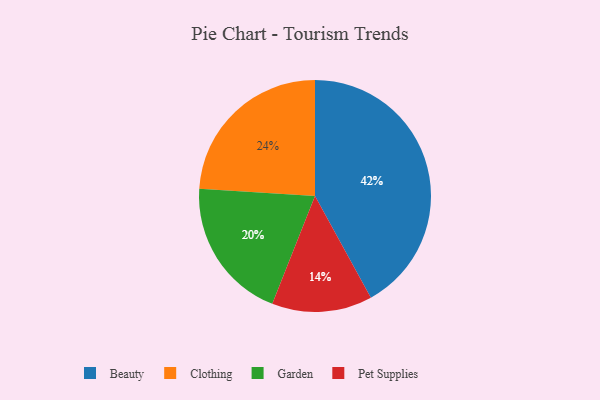
{"axis": {"x": "Category", "y": "Percentage"}, "legend": ["Beauty", "Clothing", "Garden", "Pet Supplies"], "data": [{"x": "Garden", "y": 20, "type": "Garden"}, {"x": "Beauty", "y": 42, "type": "Beauty"}, {"x": "Clothing", "y": 24, "type": "Clothing"}, {"x": "Pet Supplies", "y": 14, "type": "Pet Supplies"}]}